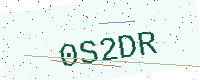
Text: 0S2DR